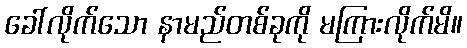
ခေါ်လိုက်သော နာမည်တစ်ခုကို မကြားလိုက်မိ။